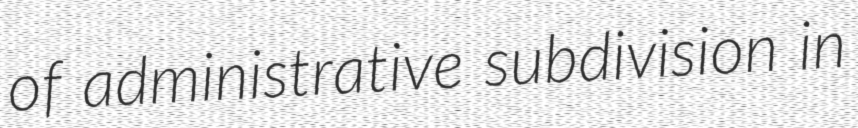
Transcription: of administrative subdivision in